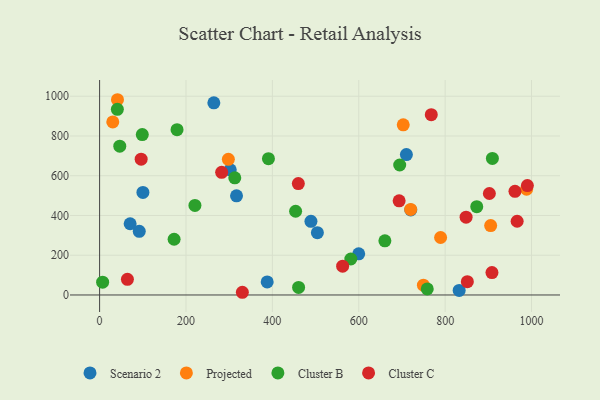
{"axis": {"x": "Investment", "y": "Exam Score"}, "legend": ["Cluster B", "Cluster C", "Projected", "Scenario 2"], "data": [{"x": "489.3", "y": 370.8, "type": "Scenario 2"}, {"x": "317.0", "y": 498.7, "type": "Scenario 2"}, {"x": "264.5", "y": 966.7, "type": "Scenario 2"}, {"x": "100.3", "y": 516.0, "type": "Scenario 2"}, {"x": "504.2", "y": 313.5, "type": "Scenario 2"}, {"x": "302.5", "y": 629.5, "type": "Scenario 2"}, {"x": "720.4", "y": 427.6, "type": "Scenario 2"}, {"x": "91.8", "y": 320.2, "type": "Scenario 2"}, {"x": "70.7", "y": 358.4, "type": "Scenario 2"}, {"x": "710.3", "y": 706.4, "type": "Scenario 2"}, {"x": "599.9", "y": 207.2, "type": "Scenario 2"}, {"x": "832.5", "y": 22.9, "type": "Scenario 2"}, {"x": "388.0", "y": 65.9, "type": "Scenario 2"}, {"x": "41.4", "y": 982.4, "type": "Projected"}, {"x": "30.5", "y": 870.6, "type": "Projected"}, {"x": "703.0", "y": 856.3, "type": "Projected"}, {"x": "789.5", "y": 289.2, "type": "Projected"}, {"x": "749.7", "y": 49.1, "type": "Projected"}, {"x": "298.1", "y": 682.7, "type": "Projected"}, {"x": "720.2", "y": 430.3, "type": "Projected"}, {"x": "988.6", "y": 532.1, "type": "Projected"}, {"x": "905.4", "y": 349.2, "type": "Projected"}, {"x": "581.6", "y": 181.1, "type": "Cluster B"}, {"x": "7.0", "y": 64.3, "type": "Cluster B"}, {"x": "313.0", "y": 589.6, "type": "Cluster B"}, {"x": "660.5", "y": 272.5, "type": "Cluster B"}, {"x": "41.1", "y": 934.3, "type": "Cluster B"}, {"x": "909.4", "y": 687.2, "type": "Cluster B"}, {"x": "453.8", "y": 421.3, "type": "Cluster B"}, {"x": "172.5", "y": 280.3, "type": "Cluster B"}, {"x": "758.6", "y": 30.3, "type": "Cluster B"}, {"x": "46.7", "y": 748.6, "type": "Cluster B"}, {"x": "873.2", "y": 444.2, "type": "Cluster B"}, {"x": "694.8", "y": 653.9, "type": "Cluster B"}, {"x": "220.7", "y": 450.7, "type": "Cluster B"}, {"x": "390.9", "y": 685.7, "type": "Cluster B"}, {"x": "98.8", "y": 807.1, "type": "Cluster B"}, {"x": "460.7", "y": 37.8, "type": "Cluster B"}, {"x": "179.3", "y": 831.8, "type": "Cluster B"}, {"x": "96.2", "y": 683.4, "type": "Cluster C"}, {"x": "990.4", "y": 550.4, "type": "Cluster C"}, {"x": "908.4", "y": 112.7, "type": "Cluster C"}, {"x": "961.7", "y": 521.5, "type": "Cluster C"}, {"x": "966.7", "y": 371.0, "type": "Cluster C"}, {"x": "562.7", "y": 144.8, "type": "Cluster C"}, {"x": "851.4", "y": 66.9, "type": "Cluster C"}, {"x": "693.5", "y": 473.7, "type": "Cluster C"}, {"x": "64.4", "y": 78.7, "type": "Cluster C"}, {"x": "902.4", "y": 510.7, "type": "Cluster C"}, {"x": "848.5", "y": 391.7, "type": "Cluster C"}, {"x": "330.5", "y": 13.6, "type": "Cluster C"}, {"x": "282.6", "y": 617.0, "type": "Cluster C"}, {"x": "460.1", "y": 560.3, "type": "Cluster C"}, {"x": "767.9", "y": 907.2, "type": "Cluster C"}]}